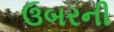
ઉબરની